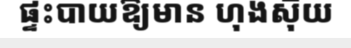
ផ្ទះបាយឱ្យមាន ហុងស៊ុយ